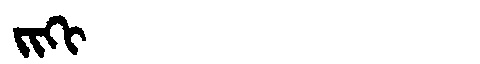
Manchu: ᠵᡳᡴᡳ
Romanization: JIKI